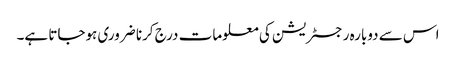
اس سے دوبارہ رجسٹریشن کی معلومات درج کرنا ضروری ہوجاتا ہے۔